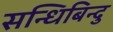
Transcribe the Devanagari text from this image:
सन्धिबिन्दु